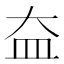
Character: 𡘃